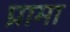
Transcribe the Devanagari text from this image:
प्रामा